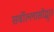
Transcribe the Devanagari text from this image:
सर्वोल्लासोद्धृत